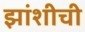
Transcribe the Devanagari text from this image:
झांशीची